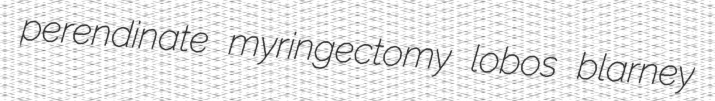
perendinate myringectomy lobos blarney